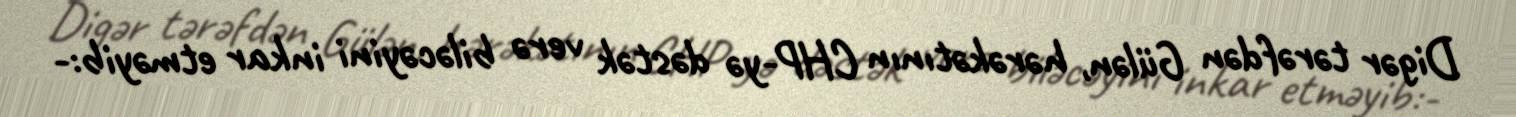
Digər tərəfdən Gülən, hərəkətının CHP-yə dəstək verə biləcəyini inkar etməyib:-